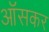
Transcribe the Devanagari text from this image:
ऑसकर